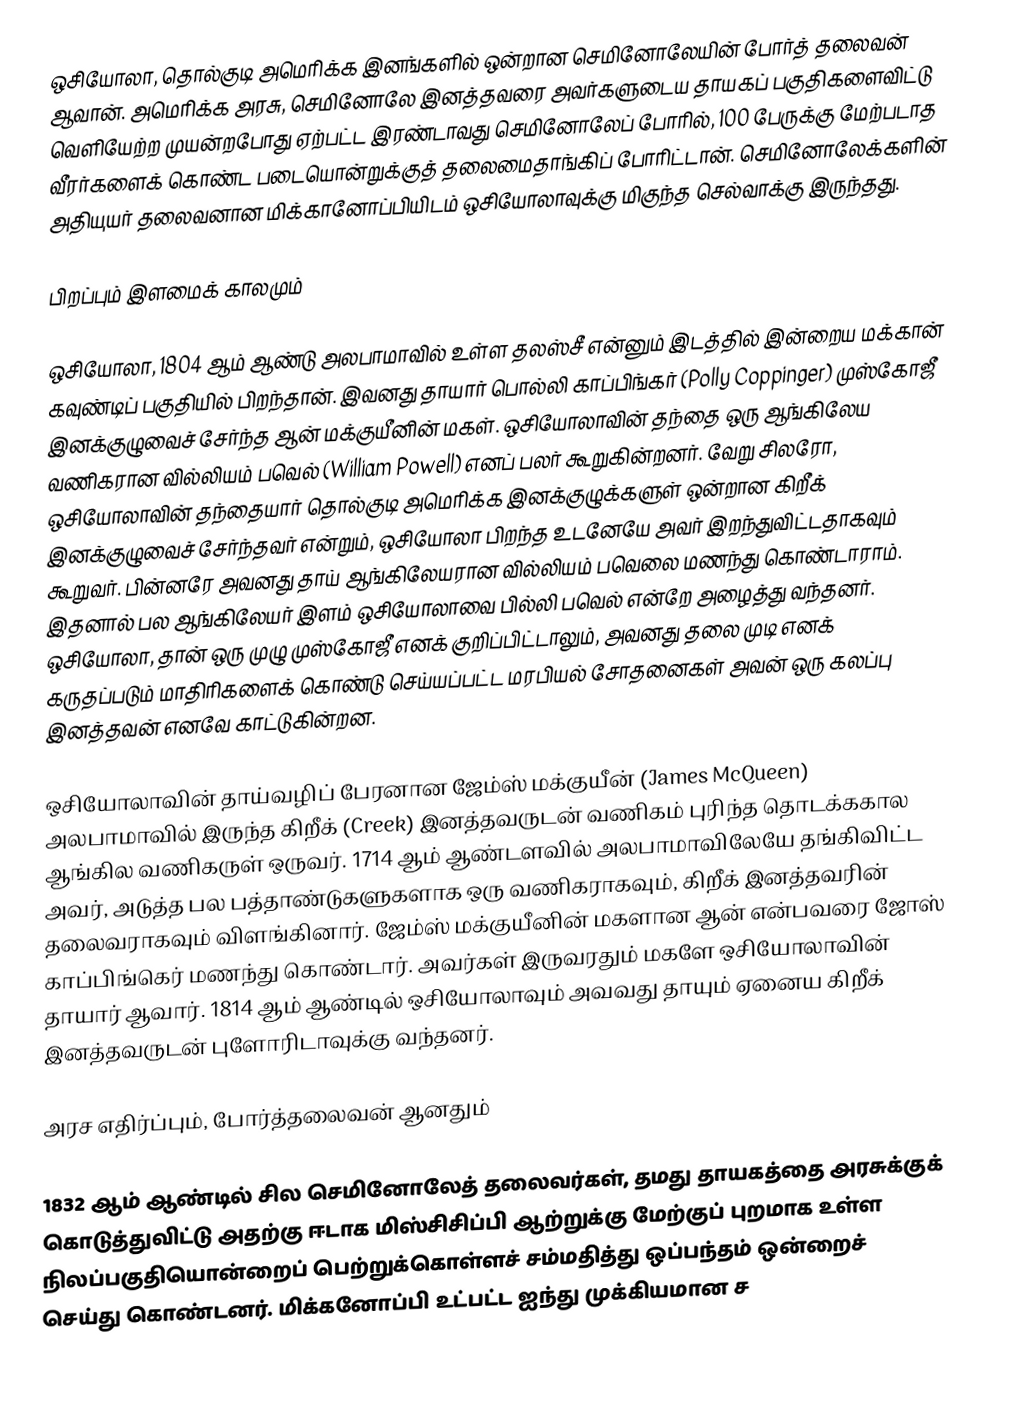
ஒசியோலா, தொல்குடி அமெரிக்க இனங்களில் ஒன்றான செமினோலேயின் போர்த் தலைவன் ஆவான். அமெரிக்க அரசு, செமினோலே இனத்தவரை அவர்களுடைய தாயகப் பகுதிகளைவிட்டு வெளியேற்ற முயன்றபோது ஏற்பட்ட இரண்டாவது செமினோலேப் போரில், 100 பேருக்கு மேற்படாத வீரர்களைக் கொண்ட படையொன்றுக்குத் தலைமைதாங்கிப் போரிட்டான். செமினோலேக்களின் அதியுயர் தலைவனான மிக்கானோப்பியிடம் ஒசியோலாவுக்கு மிகுந்த செல்வாக்கு இருந்தது.

பிறப்பும் இளமைக் காலமும்

ஒசியோலா, 1804 ஆம் ஆண்டு அலபாமாவில் உள்ள தலஸ்சீ என்னும் இடத்தில் இன்றைய மக்கான் கவுண்டிப் பகுதியில் பிறந்தான். இவனது தாயார் பொல்லி காப்பிங்கர் (Polly Coppinger) முஸ்கோஜீ இனக்குழுவைச் சேர்ந்த ஆன் மக்குயீனின் மகள். ஒசியோலாவின் தந்தை ஒரு ஆங்கிலேய வணிகரான வில்லியம் பவெல் (William Powell) எனப் பலர் கூறுகின்றனர். வேறு சிலரோ, ஒசியோலாவின் தந்தையார் தொல்குடி அமெரிக்க இனக்குழுக்களுள் ஒன்றான கிறீக் இனக்குழுவைச் சேர்ந்தவர் என்றும், ஒசியோலா பிறந்த உடனேயே அவர் இறந்துவிட்டதாகவும் கூறுவர். பின்னரே அவனது தாய் ஆங்கிலேயரான வில்லியம் பவெலை மணந்து கொண்டாராம். இதனால் பல ஆங்கிலேயர் இளம் ஒசியோலாவை பில்லி பவெல் என்றே அழைத்து வந்தனர். ஒசியோலா, தான் ஒரு முழு முஸ்கோஜீ எனக் குறிப்பிட்டாலும், அவனது தலை முடி எனக் கருதப்படும் மாதிரிகளைக் கொண்டு செய்யப்பட்ட மரபியல் சோதனைகள் அவன் ஒரு கலப்பு இனத்தவன் எனவே காட்டுகின்றன.

ஒசியோலாவின் தாய்வழிப் பேரனான ஜேம்ஸ் மக்குயீன் (James McQueen) அலபாமாவில் இருந்த கிறீக் (Creek) இனத்தவருடன் வணிகம் புரிந்த தொடக்ககால ஆங்கில வணிகருள் ஒருவர். 1714 ஆம் ஆண்டளவில் அலபாமாவிலேயே தங்கிவிட்ட அவர், அடுத்த பல பத்தாண்டுகளுகளாக ஒரு வணிகராகவும், கிறீக் இனத்தவரின் தலைவராகவும் விளங்கினார். ஜேம்ஸ் மக்குயீனின் மகளான ஆன் என்பவரை ஜோஸ் காப்பிங்கெர் மணந்து கொண்டார். அவர்கள் இருவரதும் மகளே ஒசியோலாவின் தாயார் ஆவார். 1814 ஆம் ஆண்டில் ஒசியோலாவும் அவவது தாயும் ஏனைய கிறீக் இனத்தவருடன் புளோரிடாவுக்கு வந்தனர்.

அரச எதிர்ப்பும், போர்த்தலைவன் ஆனதும்

1832 ஆம் ஆண்டில் சில செமினோலேத் தலைவர்கள், தமது தாயகத்தை அரசுக்குக் கொடுத்துவிட்டு அதற்கு ஈடாக மிஸ்சிசிப்பி ஆற்றுக்கு மேற்குப் புறமாக உள்ள நிலப்பகுதியொன்றைப் பெற்றுக்கொள்ளச் சம்மதித்து ஒப்பந்தம் ஒன்றைச் செய்து கொண்டனர். மிக்கனோப்பி உட்பட்ட ஐந்து முக்கியமான ச